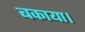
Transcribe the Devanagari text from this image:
बकाया।